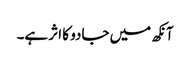
آنکھ میں جادو کا اثر ہے۔